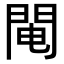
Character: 𨴄